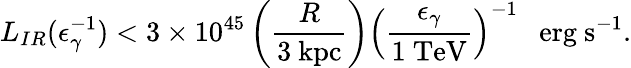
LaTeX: L_{IR}(\epsilon_{\gamma}^{-1})<3\times 10^{45}\left(\frac{R}{\mathrm{3\ kpc}}\right)\left(\frac{\epsilon_{\gamma}}{\mathrm{1\ TeV}}\right)^{-1}\ \ \ \mathrm{erg\ s^{-1}}.